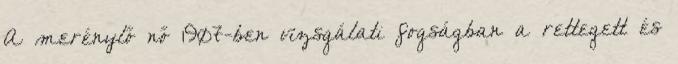
A merénylő nő 1907-ben vizsgálati fogságban a rettegett és